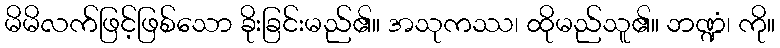
မိမိလက်ဖြင့်ဖြစ်သော ခိုးခြင်းမည်၏။ အသုကဿ၊ ထိုမည်သူ၏။ ဘဏ္ဍံ၊ ကို။